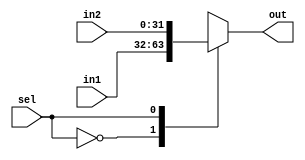
module MUX(input sel,input[31:0] in1, input[31:0] in2, output reg [31:0] out);
  
  always @(*)
    begin
    casex(sel)
      1'b0:begin  out=in1; end
      1'b1:begin  out=in2; end
    endcase
    end
endmodule